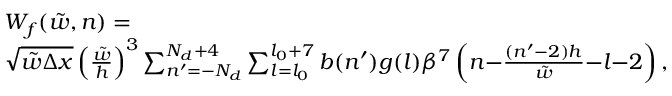
\begin{array} { r l } & { W _ { f } ( \tilde { w } , n ) = } \\ & { \sqrt { \tilde { w } \Delta x } \left( \frac { \tilde { w } } { h } \right) ^ { 3 } \sum _ { n ^ { \prime } = - N _ { d } } ^ { N _ { d } + 4 } \sum _ { l = l _ { 0 } } ^ { l _ { 0 } + 7 } b ( n ^ { \prime } ) g ( l ) \beta ^ { 7 } \left( n { - } \frac { ( n ^ { \prime } { - } 2 ) h } { \tilde { w } } { - } l { - } 2 \right) , } \end{array}